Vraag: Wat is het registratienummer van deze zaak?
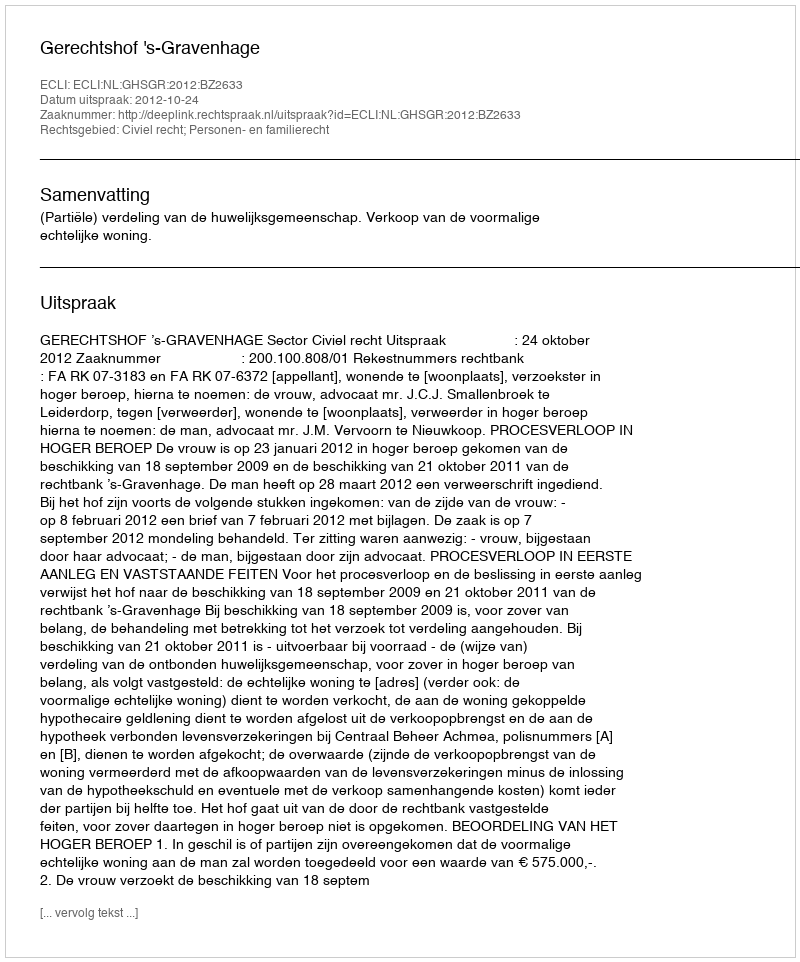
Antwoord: http://deeplink.rechtspraak.nl/uitspraak?id=ECLI:NL:GHSGR:2012:BZ2633